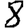
Digit: 8